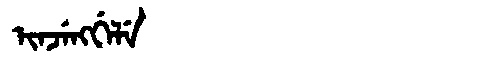
Manchu: ᡳᠨᠵᡝᠩᡤᡝᠯᡝ
Romanization: INJENGGELE